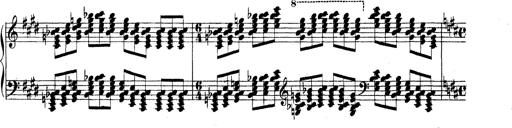
Title: Technische Studien
Composer: Franz Liszt